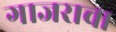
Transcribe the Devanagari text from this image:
गाजराचा